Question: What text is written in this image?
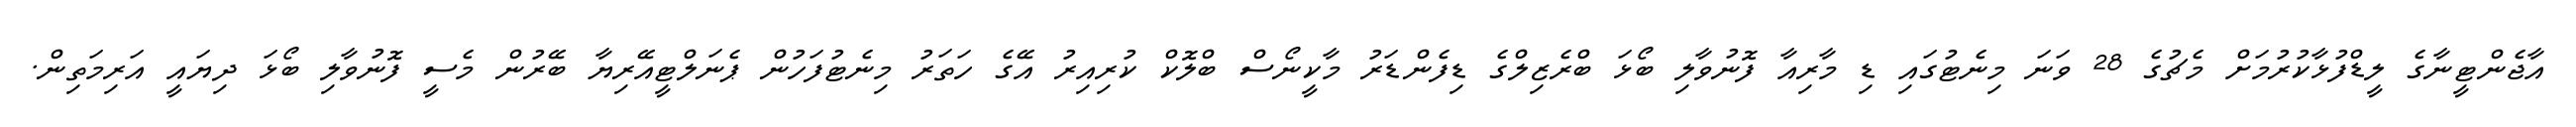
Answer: އާޖެންޓީނާގެ ލީޑްފުޅާކުރުމަށް މެޗުގެ 28 ވަނަ މިނެޓުގައި ޑި މާރިއާ ފޮނުވާލި ބޯޅަ ބްރެޒިލްގެ ޑިފެންޑަރު މާކީނޯސް ބްލޮކް ކުރިއިރު އޭގެ ހަތަރު މިނެޓުފަހުން ޕެނަލްޓީއޭރިޔާ ބޭރުން މެސީ ފޮނުވާލި ބޯޅަ ދިޔައީ އަރިމަތިން.